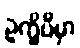
ဥက္ခိပိမှာ